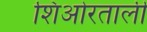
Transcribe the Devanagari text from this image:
शिओरताली